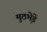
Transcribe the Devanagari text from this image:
मुठभ़ेडें